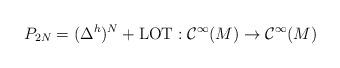
LaTeX: \begin{align*} P_{2N}=(\Delta^h)^N+\mathrm{LOT}:\mathcal{C}^\infty(M)\to\mathcal{C}^\infty(M) \end{align*}